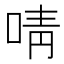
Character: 啨